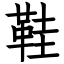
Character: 鞋